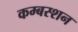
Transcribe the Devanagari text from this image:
कम्बस्शन